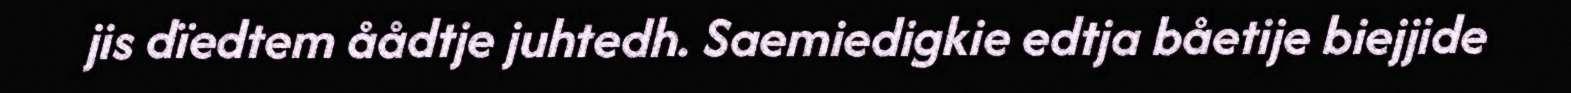
jis dïedtem åådtje juhtedh. Saemiedigkie edtja båetije biejjide